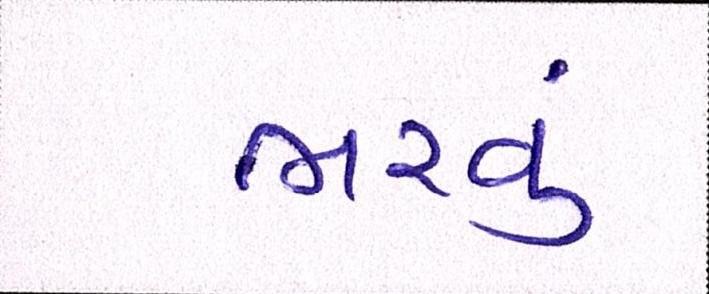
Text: ભરવું